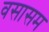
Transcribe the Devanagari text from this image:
वसासम